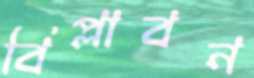
বিপ্লাবন